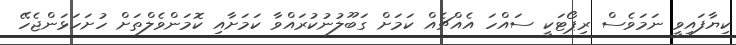
ކިޔާފައިވީ ނަމަވެސް ރިޕޯޓަކީ ސައްހަ އެއްޗެއް ކަމަށް ގަބޫލުނުކުރައްވާ ކަމަށާއި ކޮމަންވެލްތަށް ހުށަހަޅަންޖެހޭ